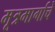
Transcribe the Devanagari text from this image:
मूत्रमार्गाचे